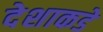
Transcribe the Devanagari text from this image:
देशाकडे